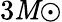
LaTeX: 3\mathit{M}{\odot}